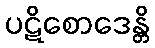
ပဋိစောဒေန္တိ